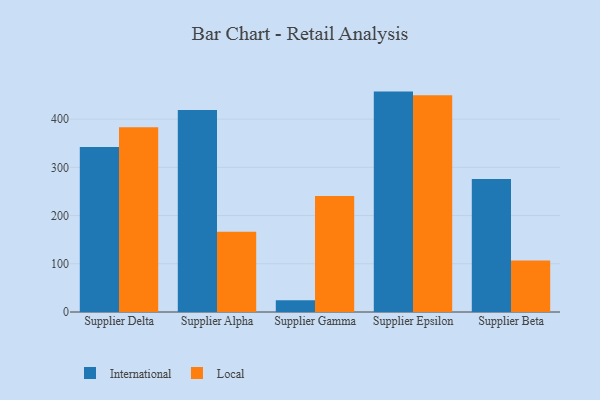
{"axis": {"x": "Supplier", "y": "Revenue (USD Million)"}, "legend": ["International", "Local"], "data": [{"x": "Supplier Delta", "y": 342.2, "type": "International"}, {"x": "Supplier Delta", "y": 383.4, "type": "Local"}, {"x": "Supplier Alpha", "y": 419.0, "type": "International"}, {"x": "Supplier Alpha", "y": 166.6, "type": "Local"}, {"x": "Supplier Gamma", "y": 24.2, "type": "International"}, {"x": "Supplier Gamma", "y": 240.7, "type": "Local"}, {"x": "Supplier Epsilon", "y": 457.1, "type": "International"}, {"x": "Supplier Epsilon", "y": 449.5, "type": "Local"}, {"x": "Supplier Beta", "y": 275.7, "type": "International"}, {"x": "Supplier Beta", "y": 106.7, "type": "Local"}]}